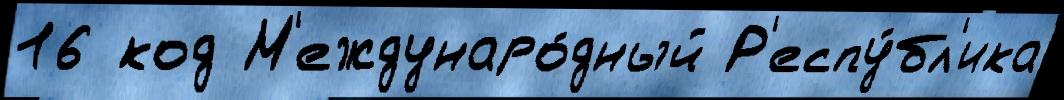
16 код М'еждунаро́дный Р'еспу́бл'ика